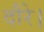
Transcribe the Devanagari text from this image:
दौरे।